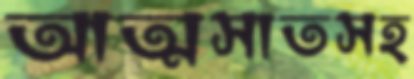
আত্মসাতসহ